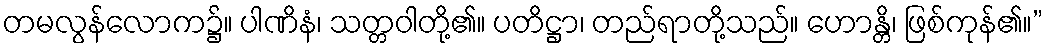
တမလွန်လောက၌။ ပါဏိနံ၊ သတ္တဝါတို့၏။ ပတိဋ္ဌာ၊ တည်ရာတို့သည်။ ဟောန္တိ၊ ဖြစ်ကုန်၏။”